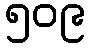
၅၀၉